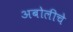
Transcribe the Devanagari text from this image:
अबोलीचे